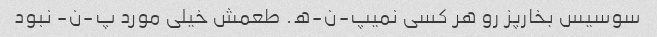
سوسیس بخارپز رو هر کسی نمیپ-ن-ه. طعمش خیلی مورد پ-ن- نبود